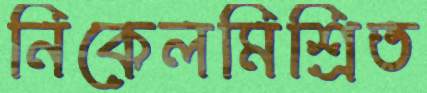
নিকেলমিশ্রিত